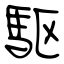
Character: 駆